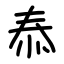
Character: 㤗